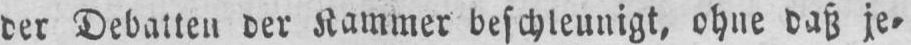
der Debatten der Kammer beschleunigt, ohne daß je⸗